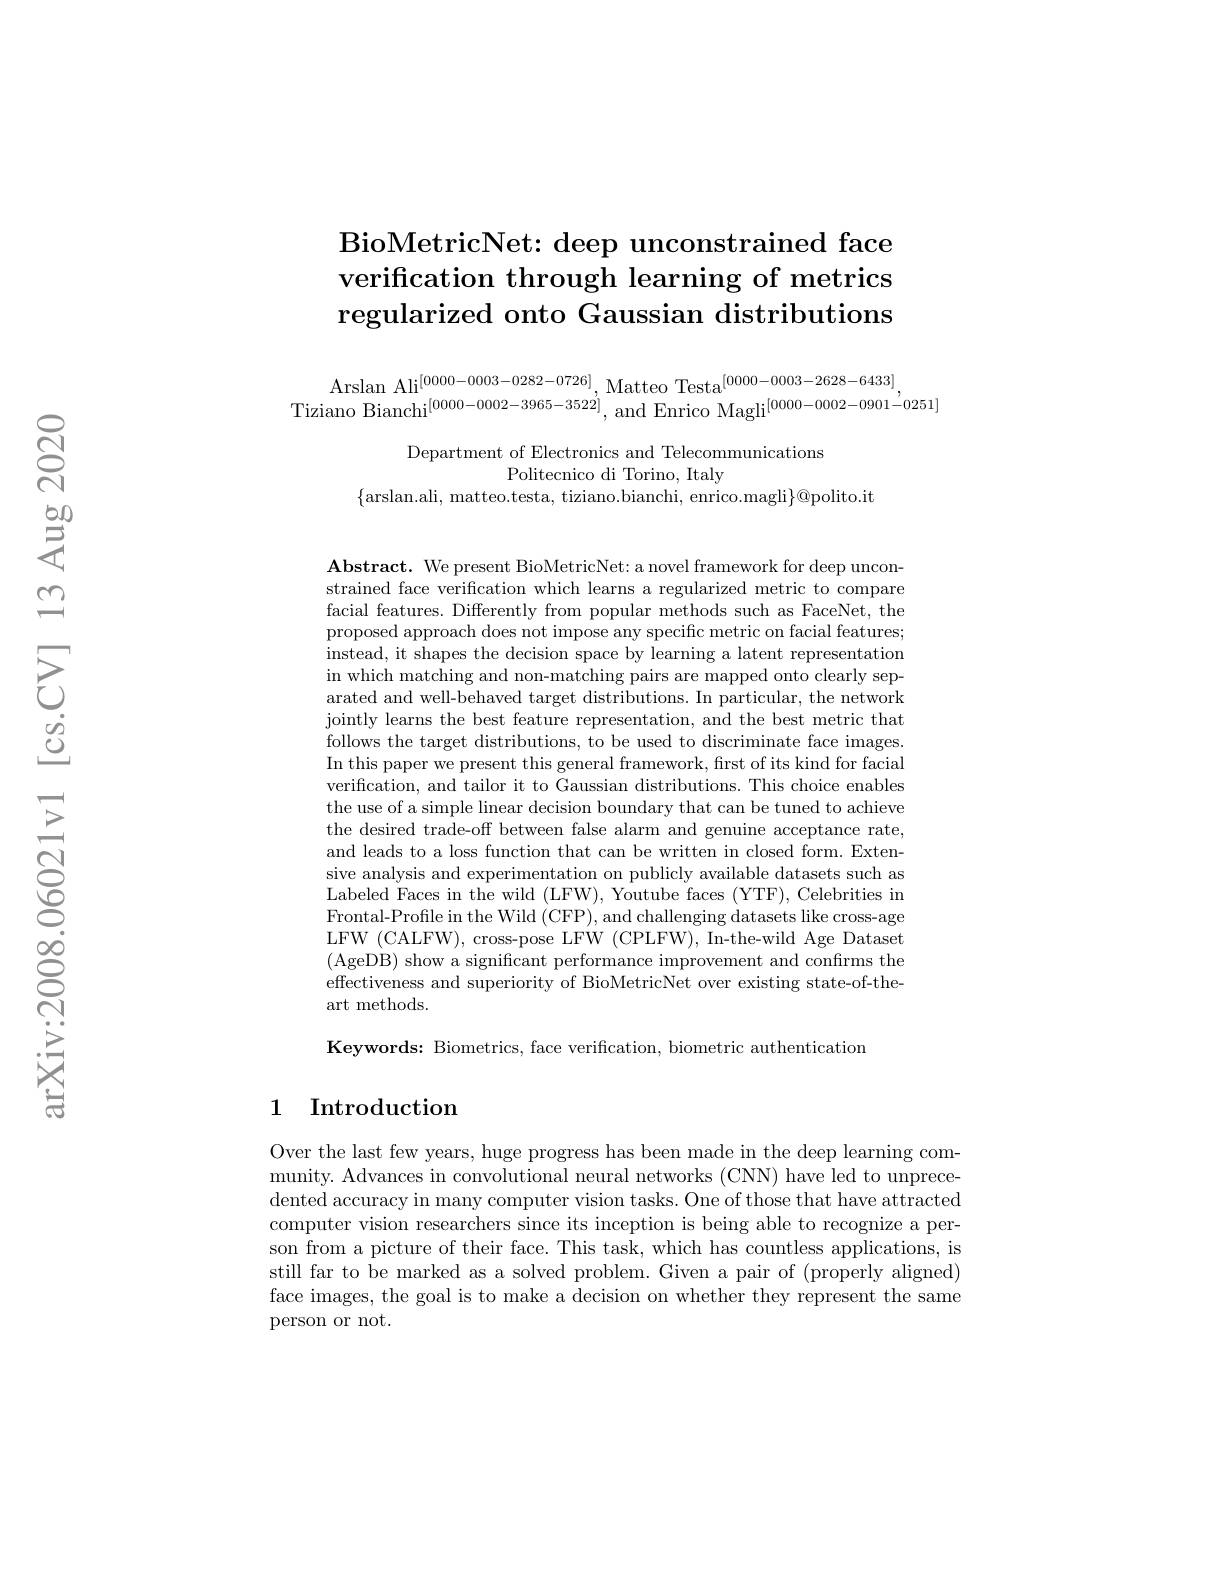
## $\operatorname{Bio\text{MetricNet: deep unconstrained face}}$ verification through learning of metrics regularized onto Gaussian distributions

$\begin{array}{c}{\mathrm{Arslan~Ali}^{[0000-0003-0282-0726]},\mathrm{Matteo~Testa}^{[0000-0003-2628-6433]},}\\{\mathrm{Tiziano~Bianchi}^{[0000-0002-3965-3522]},\mathrm{~and~Enrico~Magli}^{[0000-0002-0901-0251]}}\end{array}$

Department of Electronics and Telecommunications
Politecnico di Torino, Italy
$\{$arslan.ali, matteo.testa, tiziano.bianchi, enrico.magli$\}@$polito.it

$\mathbf{Abstract.~We~present~BioMetricNet:~a~novel~framework~for~deep~uncon-~}$ strained face verification which learns a regularized metric to compare facial features. Differently from popular methods such as FaceNet, the proposed approach does not impose any specific metric on facial features; instead, it shapes the decision space by learning a latent representation in which matching and non-matching pairs are mapped onto clearly separated and well-behaved target distributions. In particular, the network jointly learns the best feature representation, and the best metric that follows the target distributions, to be used to discriminate face images. In this paper we present this general framework, first of its kind for facial verification, and tailor it to Gaussian distributions. This choice enables the use of a simple linear decision boundary that can be tuned to achieve the desired trade-off between false alarm and genuine acceptance rate, and leads to a loss function that can be written in closed form. Extensive analysis and experimentation on publicly available datasets such as Labeled Faces in the wild (LFW), Youtube faces (YTF), Celebrities in Frontal-Profile in the Wild (CFP), and challenging datasets like cross-age LFW (CALFW), cross-pose LFW (CPLFW), In-the-wild Age Dataset (AgeDB) show a significant performance improvement and confirms the effectiveness and superiority of BioMetricNet over existing state-of-theart methods.

Keywords: Biometrics, face verification, biometric authentication

## 1 Introduction

Over the last few years, huge progress has been made in the deep learning community. Advances in convolutional neural networks (CNN) have led to unprecedented accuracy in many computer vision tasks. One of those that have attracted computer vision researchers since its inception is being able to recognize a person from a picture of their face. This task, which has countless applications, is still far to be marked as a solved problem. Given a pair of (properly aligned) face images, the goal is to make a decision on whether they represent the same person or not.